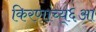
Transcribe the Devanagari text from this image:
किरणांच्य्६आ